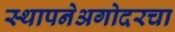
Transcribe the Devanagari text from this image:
स्थापनेअगोदरचा